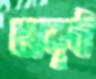
আলুনী